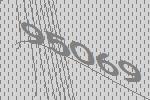
95069